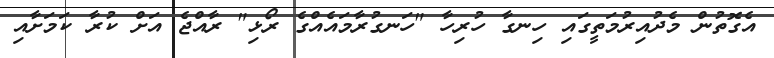
އެގޮތުން މެދުއިރުމަތީގައި ހިނގާ ހުރިހާ "ހަނގުރާމައެއްގެ ރޯޅި" ރާއްޖެ އަށް ކުރާ ކަމަށާއި